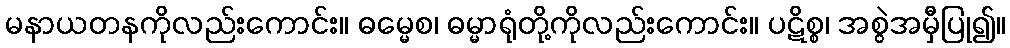
မနာယတနကိုလည်းကောင်း။ ဓမ္မေစ၊ ဓမ္မာရုံတို့ကိုလည်းကောင်း။ ပဋိစ္စ၊ အစွဲအမှီပြု၍။